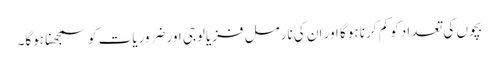
بچوں‌ کی تعداد کو کم کرنا ہوگا اور ان کی نارمل فزیالوجی اور ضروریات کو سمجھنا ہوگا۔